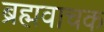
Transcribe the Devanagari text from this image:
ब्रह्मवाचक